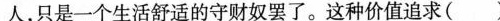
，只是一个生活舒适的守财奴罢了。这种价值追求( )